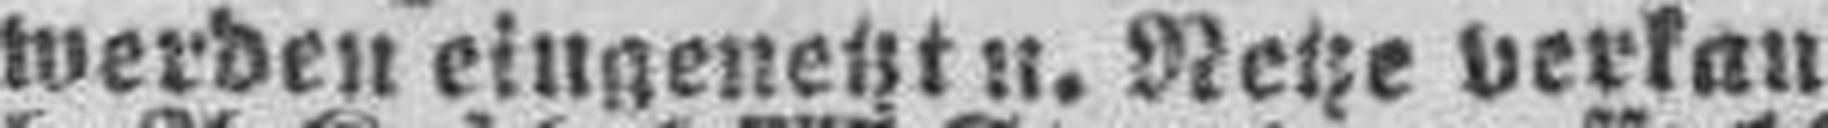
werden eingenetz u. Netze verkauft